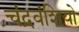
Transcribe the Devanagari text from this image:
चंद्रवंशियो